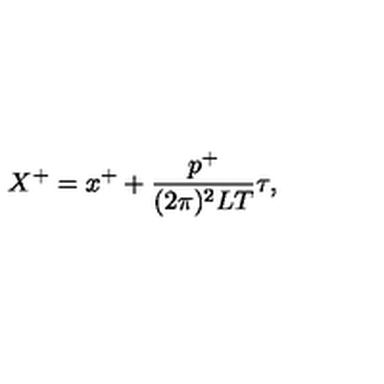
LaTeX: X ^ { + } = x ^ { + } + \frac { p ^ { + } } { ( 2 \pi ) ^ { 2 } L T } \tau ,